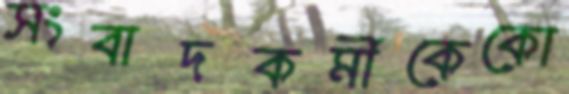
সংবাদকর্মীকেকো